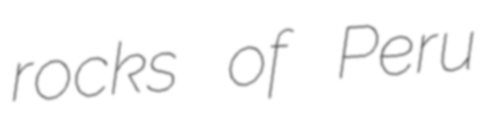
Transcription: rocks of Peru